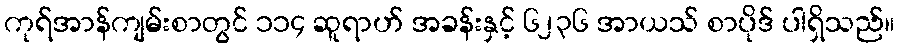
ကုရ်အာန်ကျမ်းစာတွင် ၁၁၄ ဆူရာဟ် အခန်းနှင့် ၆၂၃၆ အာယသ် စာပိုဒ် ပါရှိသည်။